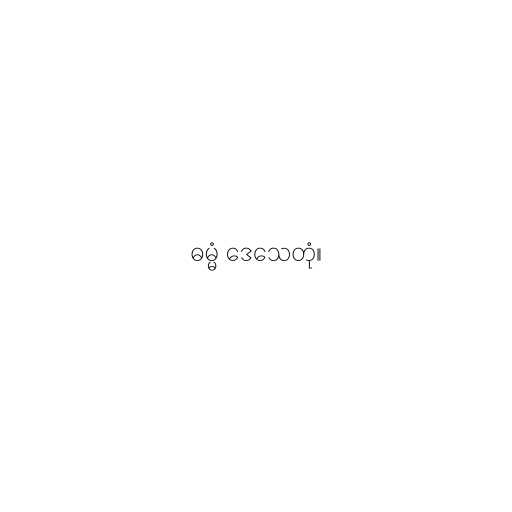
ဓမ္မံ ဒေသေတုံ။